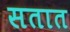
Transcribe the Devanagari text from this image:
सतात